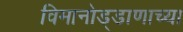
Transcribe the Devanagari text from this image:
विमानोड्डाणाच्या